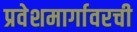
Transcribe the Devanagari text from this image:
प्रवेशमार्गावरची